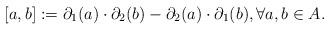
LaTeX: \begin{align*} [a, b] := \partial_1(a) \cdot \partial_2(b) - \partial_2(a) \cdot \partial_1(b), \forall a, b \in A. \end{align*}